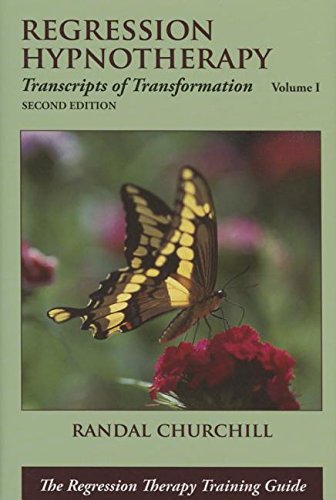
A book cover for Regression Hypnotherapy: Transcripts of Transformation, Volume 1, Second Edition; Randal Churchill; Health, Fitness & Dieting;